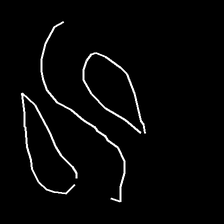
Glyph: water